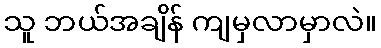
သူ ဘယ်အချိန် ကျမှလာမှာလဲ။